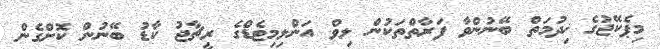
މިޕެކޭޖުގެ ޚިދުމަތް ބޭނުންވާ ފަރާތްތަކުން ލިވް އަންލިމިޓެޑްގެ ރީޗާޖު ކާޑު ބޭނުން ކޮށްގެން